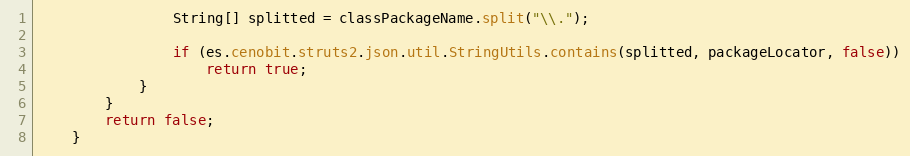
Language: Java
				String[] splitted = classPackageName.split("\\.");

				if (es.cenobit.struts2.json.util.StringUtils.contains(splitted, packageLocator, false))
					return true;
			}
		}
		return false;
	}